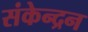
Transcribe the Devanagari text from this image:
संकेन्द्रन